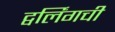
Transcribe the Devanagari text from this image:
ट्वर्लिंगची